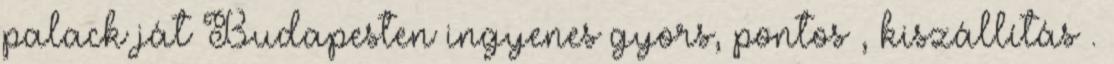
palack ját Budapesten ingyenes gyors, pontos , kiszállítás .